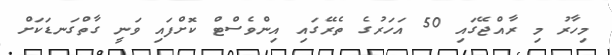
މިހާރު މި ރާއްޖޭގައި 50 އަހަރުގެ ތެރޭގައި އިންވެސްޓް ކޮށްފައި ވަނީ ގާތްގަނޑަކަށް